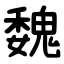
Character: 魏